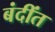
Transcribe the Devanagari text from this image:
बंदींत